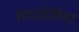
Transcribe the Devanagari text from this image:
संमतीविना